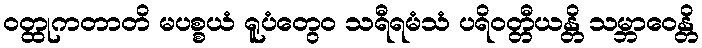
ဝတ္ထုကတာတိ မပစ္စယံ ရူပံတွေဝ သရီရမံသံ ပရိဝတ္တီယန္တိ သမ္ဘာဝေန္တိ